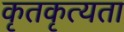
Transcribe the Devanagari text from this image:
कृतकृत्यता